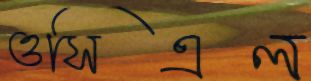
ওসিএল